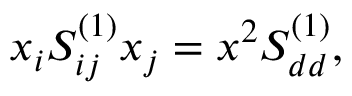
x _ { i } S _ { i j } ^ { ( 1 ) } x _ { j } = x ^ { 2 } S _ { d d } ^ { ( 1 ) } ,